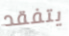
يتفقد